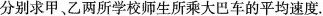
分别求甲、乙两所学校师生所乘大巴车的平均速度